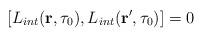
LaTeX: \begin{align*}[L_{int}({\bf r},\tau_0),L_{int}({\bf r'},\tau_0)]=0\end{align*}